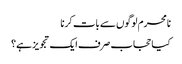
نامحرم لوگوں سے بات کرنا
کیا حجاب صرف ایک تجویز ہے؟